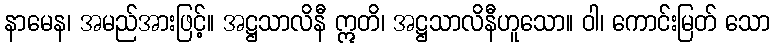
နာမေန၊ အမည်အားဖြင့်။ အဋ္ဌသာလိနီ ဣတိ၊ အဋ္ဌသာလိနီဟူသော။ ဝါ၊ ကောင်းမြတ် သော